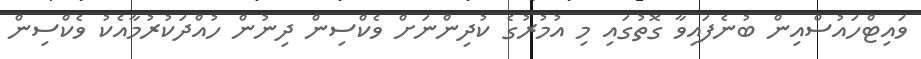
ވައިޓްހައުސްއިން ބުނެފައިވާ ގޮތުގައި މި އުމުރުގެ ކުދިންނަށް ވެކްސިން ދިނުން ހުއްދަކުރުމާއެކު ވެކްސިން